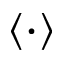
\langle \cdot \rangle